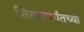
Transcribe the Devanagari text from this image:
शिखरापर्यंतच्या